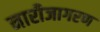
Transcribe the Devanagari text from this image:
नारीजागरण